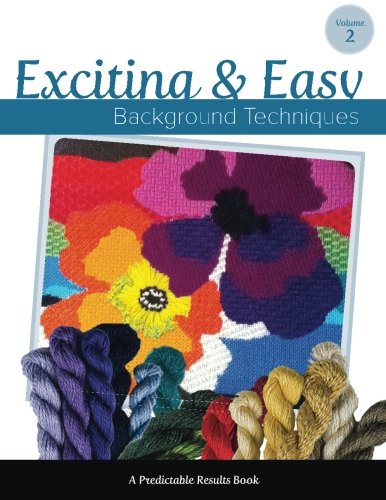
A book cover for Exciting & Easy Background Techniques (Predictable Results) (Volume 2); Janet M Perry; Crafts, Hobbies & Home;